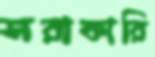
সরাকারি